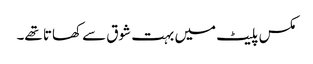
مکس پلیٹ میں بہت شوق سے کھاتا تھے۔